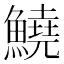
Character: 鱙